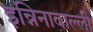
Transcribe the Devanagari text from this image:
इन्निनावाल्ली